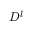
D _ { } ^ { l }